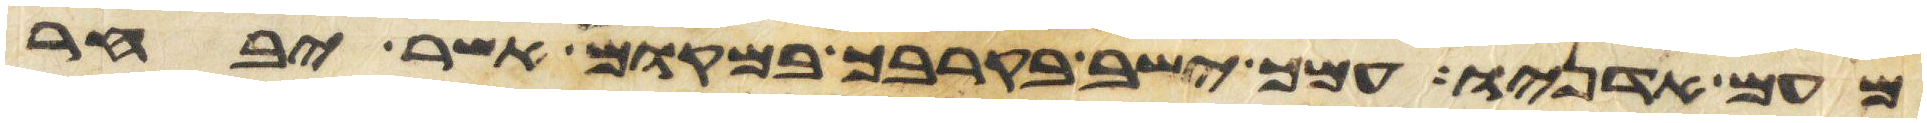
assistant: מעם אדניו עמך ישב בקרבך במקום אשר יבחר